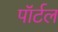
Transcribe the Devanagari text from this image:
पॉर्टल